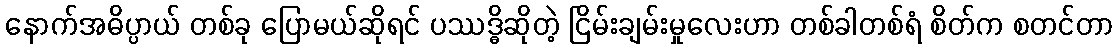
နောက်အဓိပ္ပာယ် တစ်ခု ပြောမယ်ဆိုရင် ပဿဒ္ဓိဆိုတဲ့ ငြိမ်းချမ်းမှုလေးဟာ တစ်ခါတစ်ရံ စိတ်က စတင်တာ